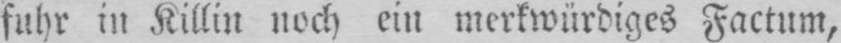
fuhr in Killin noch ein merkwürdiges Factum,